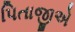
પિતાજીએ